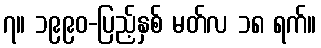
၇။ ၁၉၉၀-ပြည့်နှစ် မတ်လ ၁၈ ရက်။